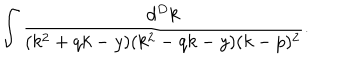
LaTeX: \int \frac { d ^ { D } k } { ( k ^ { 2 } + q k - y ) ( k ^ { 2 } - q k - y ) ( k - p ) ^ { 2 } } .